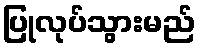
ပြုလုပ်သွားမည်